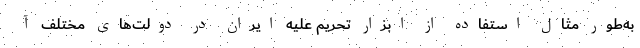
به‌طور مثال استفاده از ابزار تحریم علیه ایران در دولت‌های مختلف آ